Memorandum on the prevention of leprosy by segregation of the affected
Disease focus: Leprosy
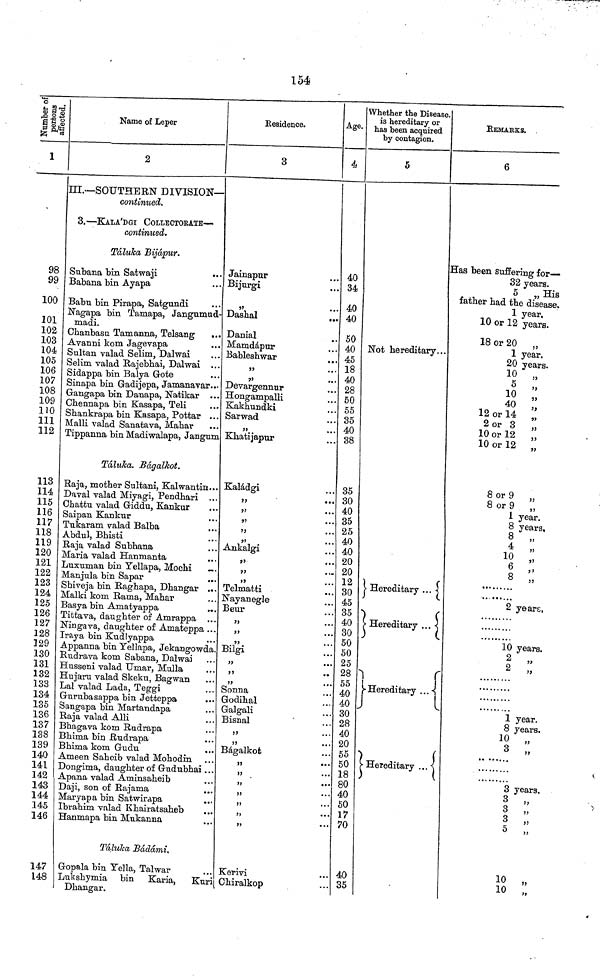
154
Number of persons affected
1
98
99
100
101
102
103
104
105
106
107
108
109
110
111
112
113
114
115
116
117
118
119
120
121
122
123
124
125
126
127
128
129
130
131
132
133
134
135
136
137
138
139
140
141
142
143
144
145
146
147
148
Name of Leper
2
III.—SOUTHERN DIVISION—
continued.
3.—KALA'DGI COLLECTORATE—
continued.
Taluka Bijápur.
Subana bin Satwaji
Babana bin Ayapa
Babu bin Pirapa, Satgundi
Nagapa bin Tamapa, Jangumud-
madi.
Chanbasu Tamanna, Telsang
...
Avanni kom Jagevapa
Sultan valad Selim, Dalwai
Selim valad Rajebhai, Dalwai ...
Sidappa bin Balya Gote
Sinapa bin Gadijepa, Jamanavar...
Gangapa bin Danapa, Natikar ...
Chennapa bin Kasapa, Teli
Shankrapa bin Kasapa, Pottar ...
Malli valad Sanatava, Mahar
Tippanna bin Madiwalapa, Jangum
Táluka. Bágalkot.
Raja, mother Sultani, Kalwantm...
Daval valad Miyagi, Pendhari ...
Chattu valad Giddu, Kankur
Saipan Kankur
...
Tukaram valad Balba
Abdul, Bhisti
Raja valad Subhana
Maria valad Hanmanta
Luxuman bin Tellapa, Mochi
...
Manjula bin Sapar
Shiveja bin Raghapa, Dhangar ...
Malki kom Rama, Mahar
Basya bin Amatyappa
Tittava, daughter of Amrappa ...
Ningava, daughter of Amateppa ...
Iraya bin Kudlyappa
Appanna bin Yellapa, Jekangowda.
Rudrava kom Sabana, Dalwai
Husseni valad Umar, Mulla
Hujaru valad Skeku, Bagwan
Lal valad Lada, Teggi
Gurubasappa bin Jetteppa
Sangapa bin Martandapa
Raja valad Alii
Bhagava kom Rudrapa
Bhima bin Rudrapa
Bhima kom Gudu
Ameen Saheib valad Mohodin
Dongima, daughter of Gudubhai...
Apana valad Aminsaheib
Daji, son of Rajama
Maryapa bin Satwirapa
...
Ibrahim valad Khairatsaheb
Hanmapa bin Mukanna
Tálulca Bádámi,
Gopala bin Yella, Talwar
Lulishymia bin Karia, Kur
Dhangar.
Eesidence.
3
Jainapur
Bijurgi
"
...
Dashal
...
Danial
Mamdápur
Bableshwar
,,,
"
"
...
Devargennur
Hongampalli
Kakhundki
Sarwad
"
...
Khatijapur
Kaládgi
"
"
"
...
"
...
Ankalgi
"
...
"
...
"
...
Telmatti
Nayanegle
Beur
"
..
"
..
"
...
Bilgi
"
...
"
••
"
* •
Sonna
Godihal
Galgali
Bisnal
"
••
55
••
Bágalkot
"
...
>5
••
" ..
>5
••
"
. •
"
* *
Kerivi
Chiralkop
Age.
4
40
34
40
40
50
40
45
18
40
28
50
55
35
40
38
35
30
40
35
25
40
40
20
20
12
30
45
35
40
30
50
50
25
28
55
40
40
30
28
40
20
55
50
18
80
40
50
17
70
40
35
Whether the Disease,
is hereditary or
has been acquired
by contagion.
5
Not hereditary...
Hereditary ...
r
Hereditary ... X
r
Hereditary
Hereditary ...
(
Hereditary ...
REMAEKS. .
6
Has been Suffering for—
32 years.
5
His
father had the disease.
1 year.
10 or 12 years.
18 or 20 „
1 year.
20 years.
10 »
10
40
12 or 14
2 or 3
„
10 or 12 „
10 or 12 „
8 or 9 „
8 or 9
1 year.
1 years
8 years.
8
4
10
6
"
8
"
"
2 years,
10 vears
2
1 year.
8 years
10
3
3
"
3 3
3 "
5
„
10
10 „